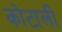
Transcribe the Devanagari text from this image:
कोटाली